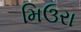
મિઉરા